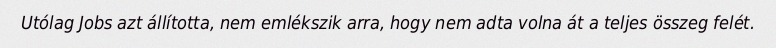
Utólag Jobs azt állította, nem emlékszik arra, hogy nem adta volna át a teljes összeg felét.